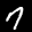
Label: 7